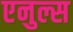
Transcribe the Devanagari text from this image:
एनुल्स